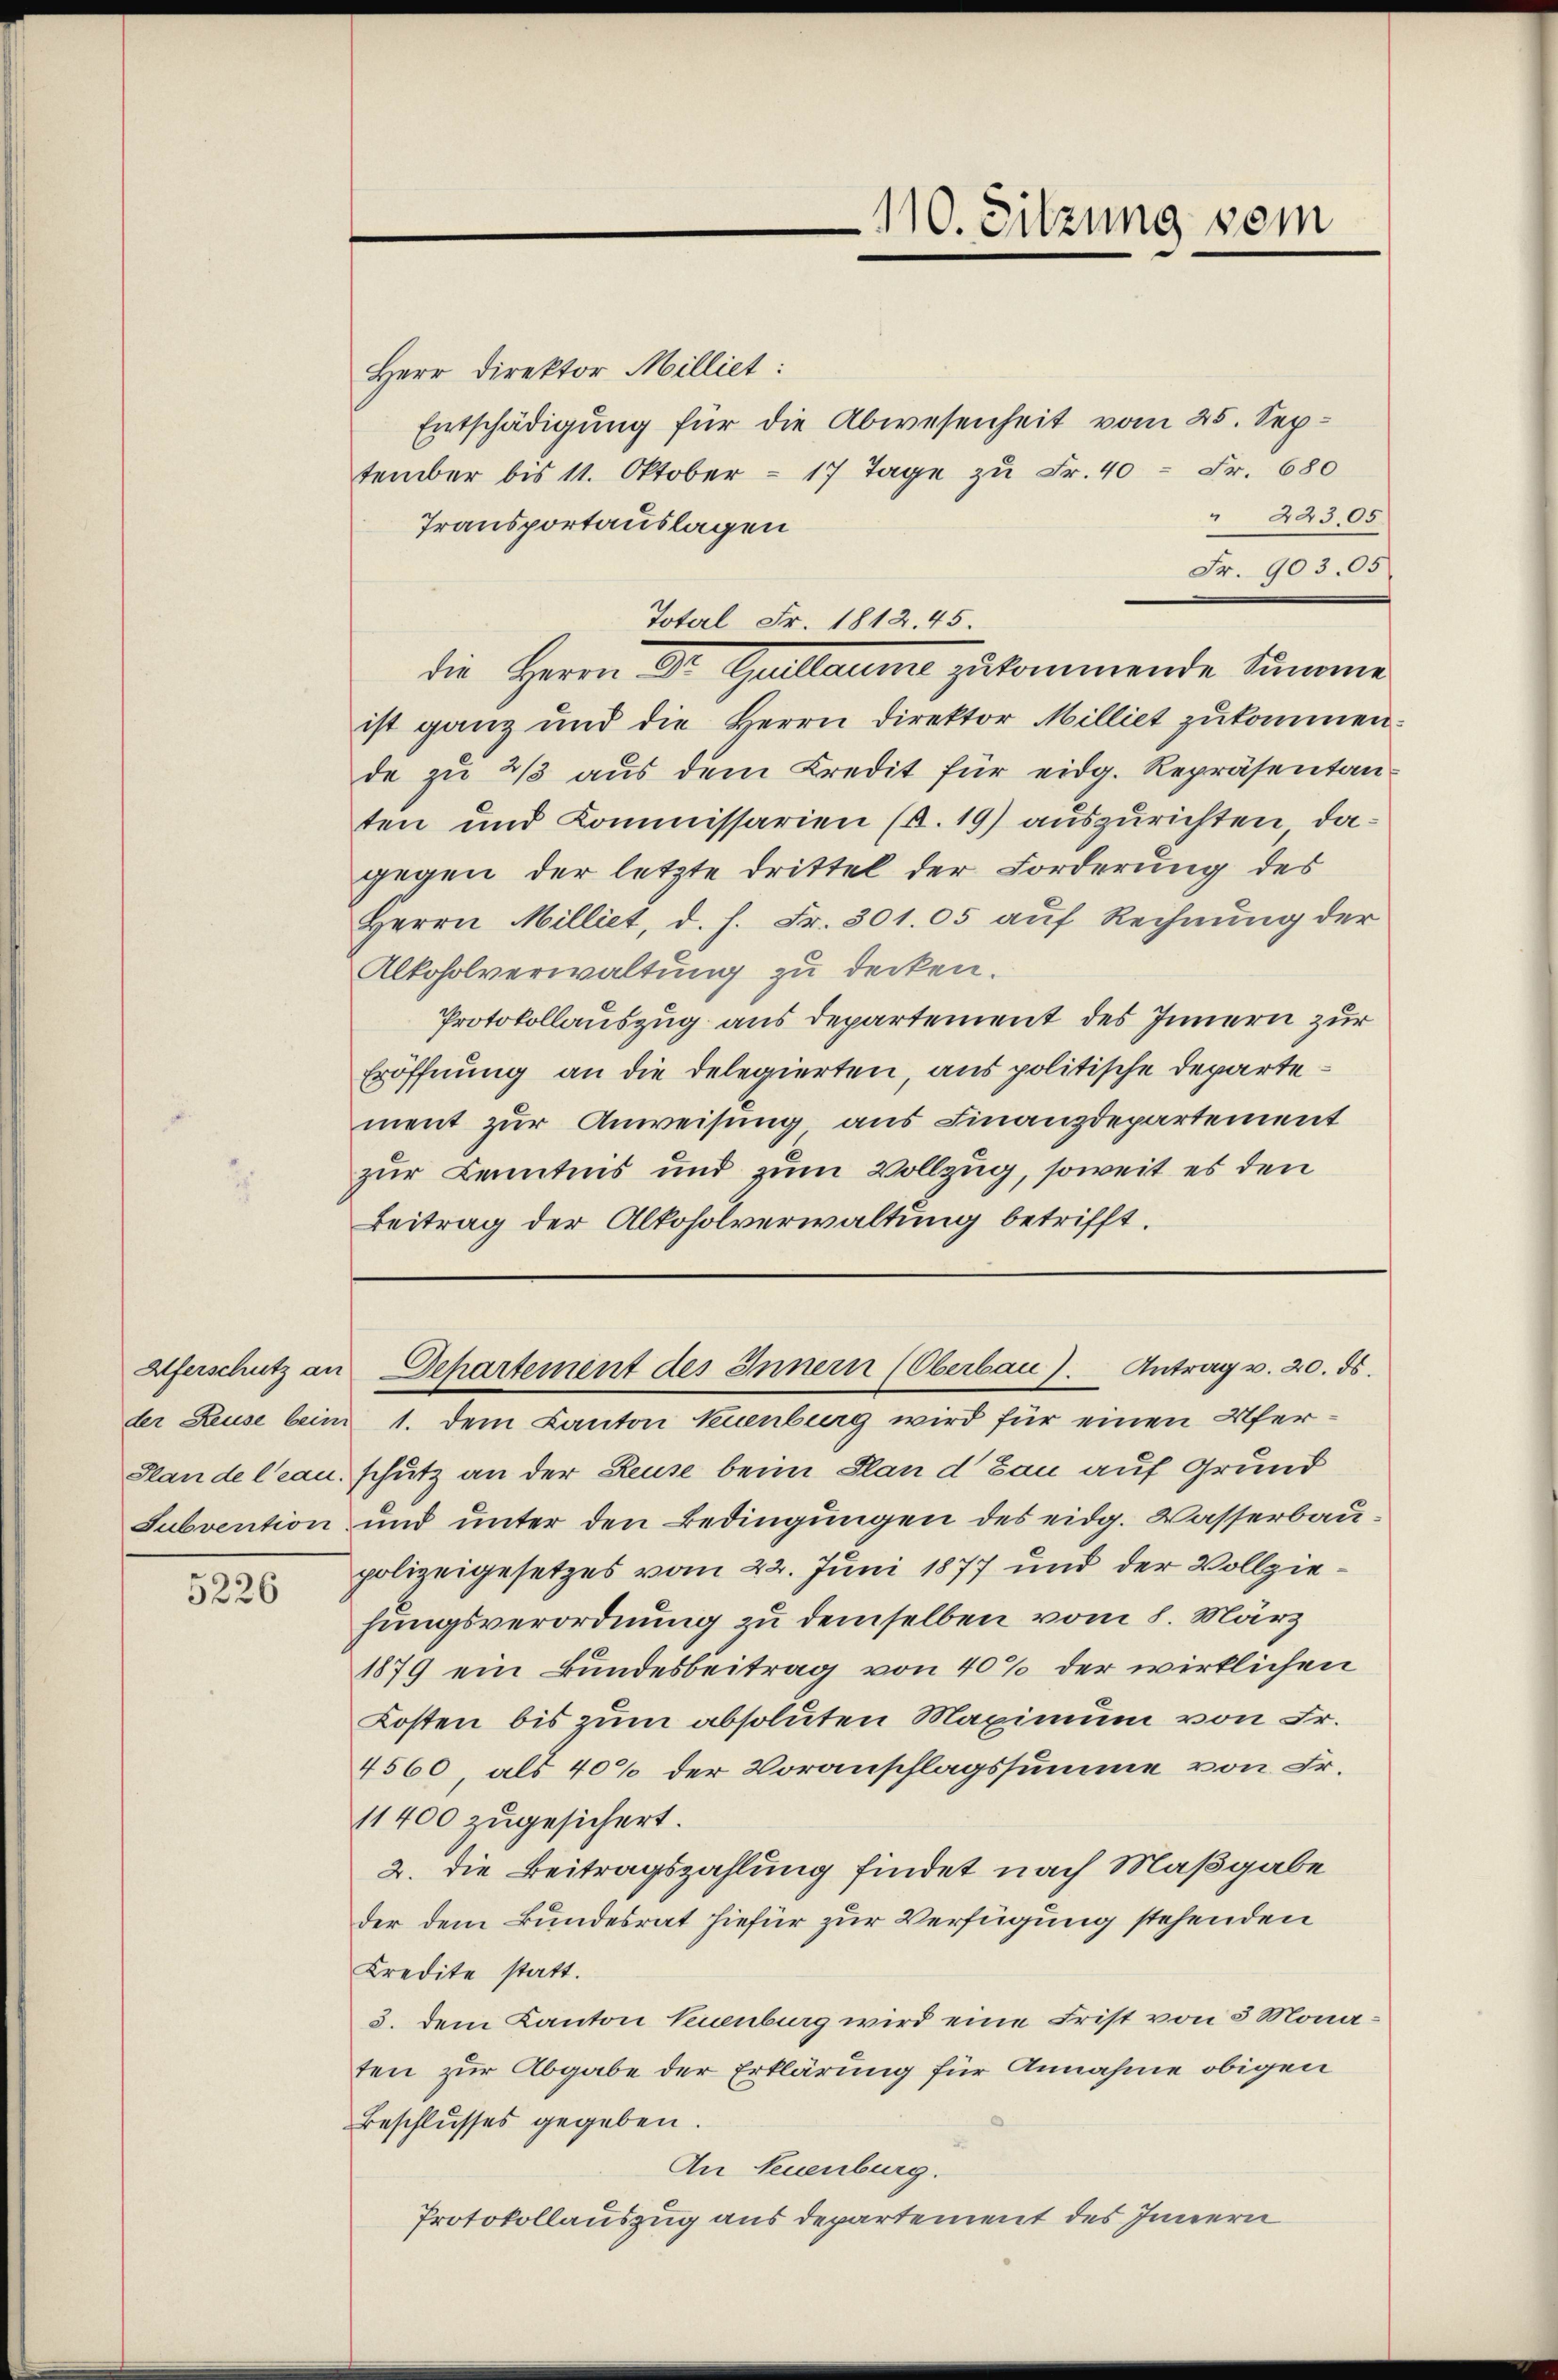
5226

110. Sitzung vom

Herr Direktor Milliet:
Entschädigung für die Abwesenheit vom 25. September bis 11. Oktober = 17 Tage zu Fr. 40 Fr. 680
" 24305.
Transportauslagen
Fr. 903. 05
Total Fr. 1812. 45
die Herrn Dr. Gallaume zukommende Summe
ist ganz und die Herrn Direktor Milliet zukommen.
de zu 2/3 aus dem Kredit für eidg. Repräsentan
ten und Kommissarien (§. 19) auszurichten, dagegen der letzte Drittel der Forderung des
Herrn Milliet, d. h. Fr. 301. 05 auf Rechnung der
Alkoholverwaltung zu decken.
Protokollauszug aus departement des Innern zur
Eröffnung an die delegierten, aus politische Departement zur Anweisung aus Finanzdepartement
zur Kenntnis und zum Vollzug, soweit es den
Beitrag der Alkoholverwaltung betrifft.

Alferschutz an Departement des Innern (Oberbau). Antrag v. 20. ds.

der Reuse beim 1. dem Canton Neuenburg wird für einen Ufer¬
Stande Clau. Schutz an der Reuse beim Plan d Bau auf Grund
Subvention und unter den Bedingungen des eidg. Wasserbaupolizeigesetzes vom 22. Juni 1877 und der Vollziehungsverordnung zu demselben vom 8. März
1879 ein Bundesbeitrag von 40% der wirklichen
Kosten bis zum absoluten Maximum von Fr.
4560, als 40% der Voranschlagssumme von Fr.
11400 zugesichert.
2. die Beitragszahlung findet nach Maßgabe
der dem Bundesrat hiefür zur Verfügung stehenden
Kredite statt.
3. dem Kanton Neuenburg wird eine Frist von 3 Monaten zur Abgabe der Erklärung für Annahme obigen
Beschlusses gegeben.
An Neuenburg.
Protokollauszug aus departement des Innern